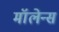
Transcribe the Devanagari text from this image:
मॉलेन्स